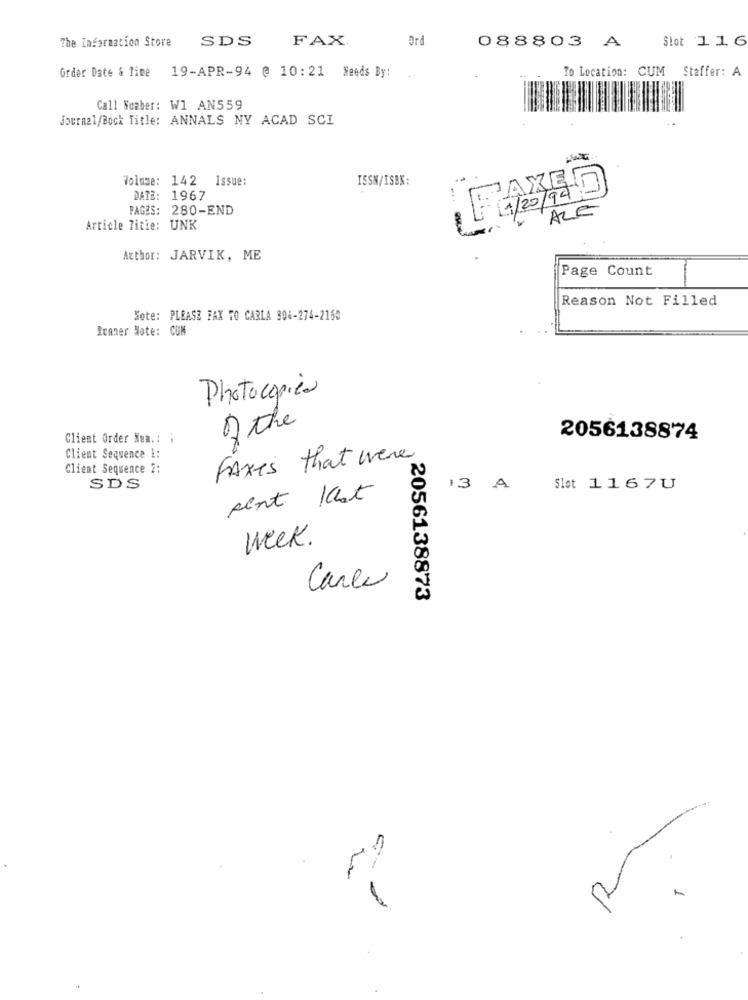
The Information Store
SDS
FAX
Ord
Slot 116
088803 A
Order Date & Time
To Location: CUM Staffer: A
19-APR-94 @ 10:21 Needs By:
Call Nowber: W1 AN559
Journal/Bock Title: ANNALS NY ACAD SCI
-
Volume: 142 Issue:
ISSN/ISBN:
.
DATE: 1967
PAGES: 280-END
ALE
Article 7itie: UNK
Author: JARVIK, ME
Page Count
Reason Not Filled
Sote: PLEASE FAX TO CARLA 304-274-2160
Runner Note: CON
Photocopiea
of the
Client Order Num .: .
2056138874
Client Sequence 1:
Faxes that were
Client Sequence 2:
SDS
13
A
Slot 1167U
sent Ist
week.
Carlo
2056138873
-